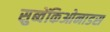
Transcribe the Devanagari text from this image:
सुब्वेंकिओनाडस